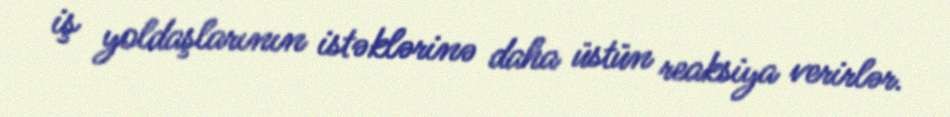
iş yoldaşlarının istəklərinə daha üstün reaksiya verirlər.